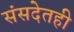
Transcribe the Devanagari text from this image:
संसदेतही